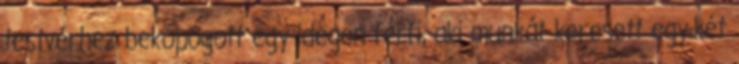
testvérhez bekopogott egy idegen férfi, aki munkát keresett egy-két